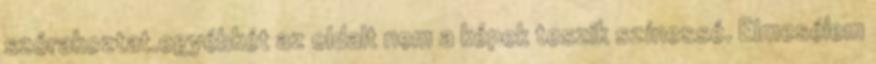
szórakoztat.egyébkét az oldalt nem a képek teszik szí­nessé. Elmesélem